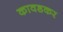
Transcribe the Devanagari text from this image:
कावडकर